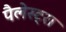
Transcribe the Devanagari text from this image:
पैलेस्ट्रा